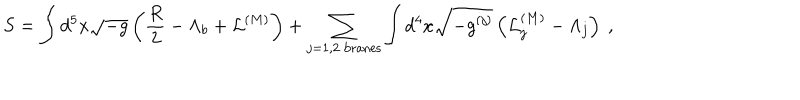
S = \int d ^ { 5 } x \sqrt { - g } \left( { \frac { R } { 2 } } - \Lambda _ { b } + { \cal L } ^ { ( M ) } \right) + \sum _ { j = 1 , 2 \ \mathrm { b r a n e s } } \int d ^ { 4 } x \sqrt { - g ^ { ( j ) } } \left( { \cal L } _ { j } ^ { ( M ) } - \Lambda _ { j } \right) ~ ,